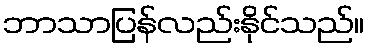
ဘာသာပြန်လည်းနိုင်သည်။